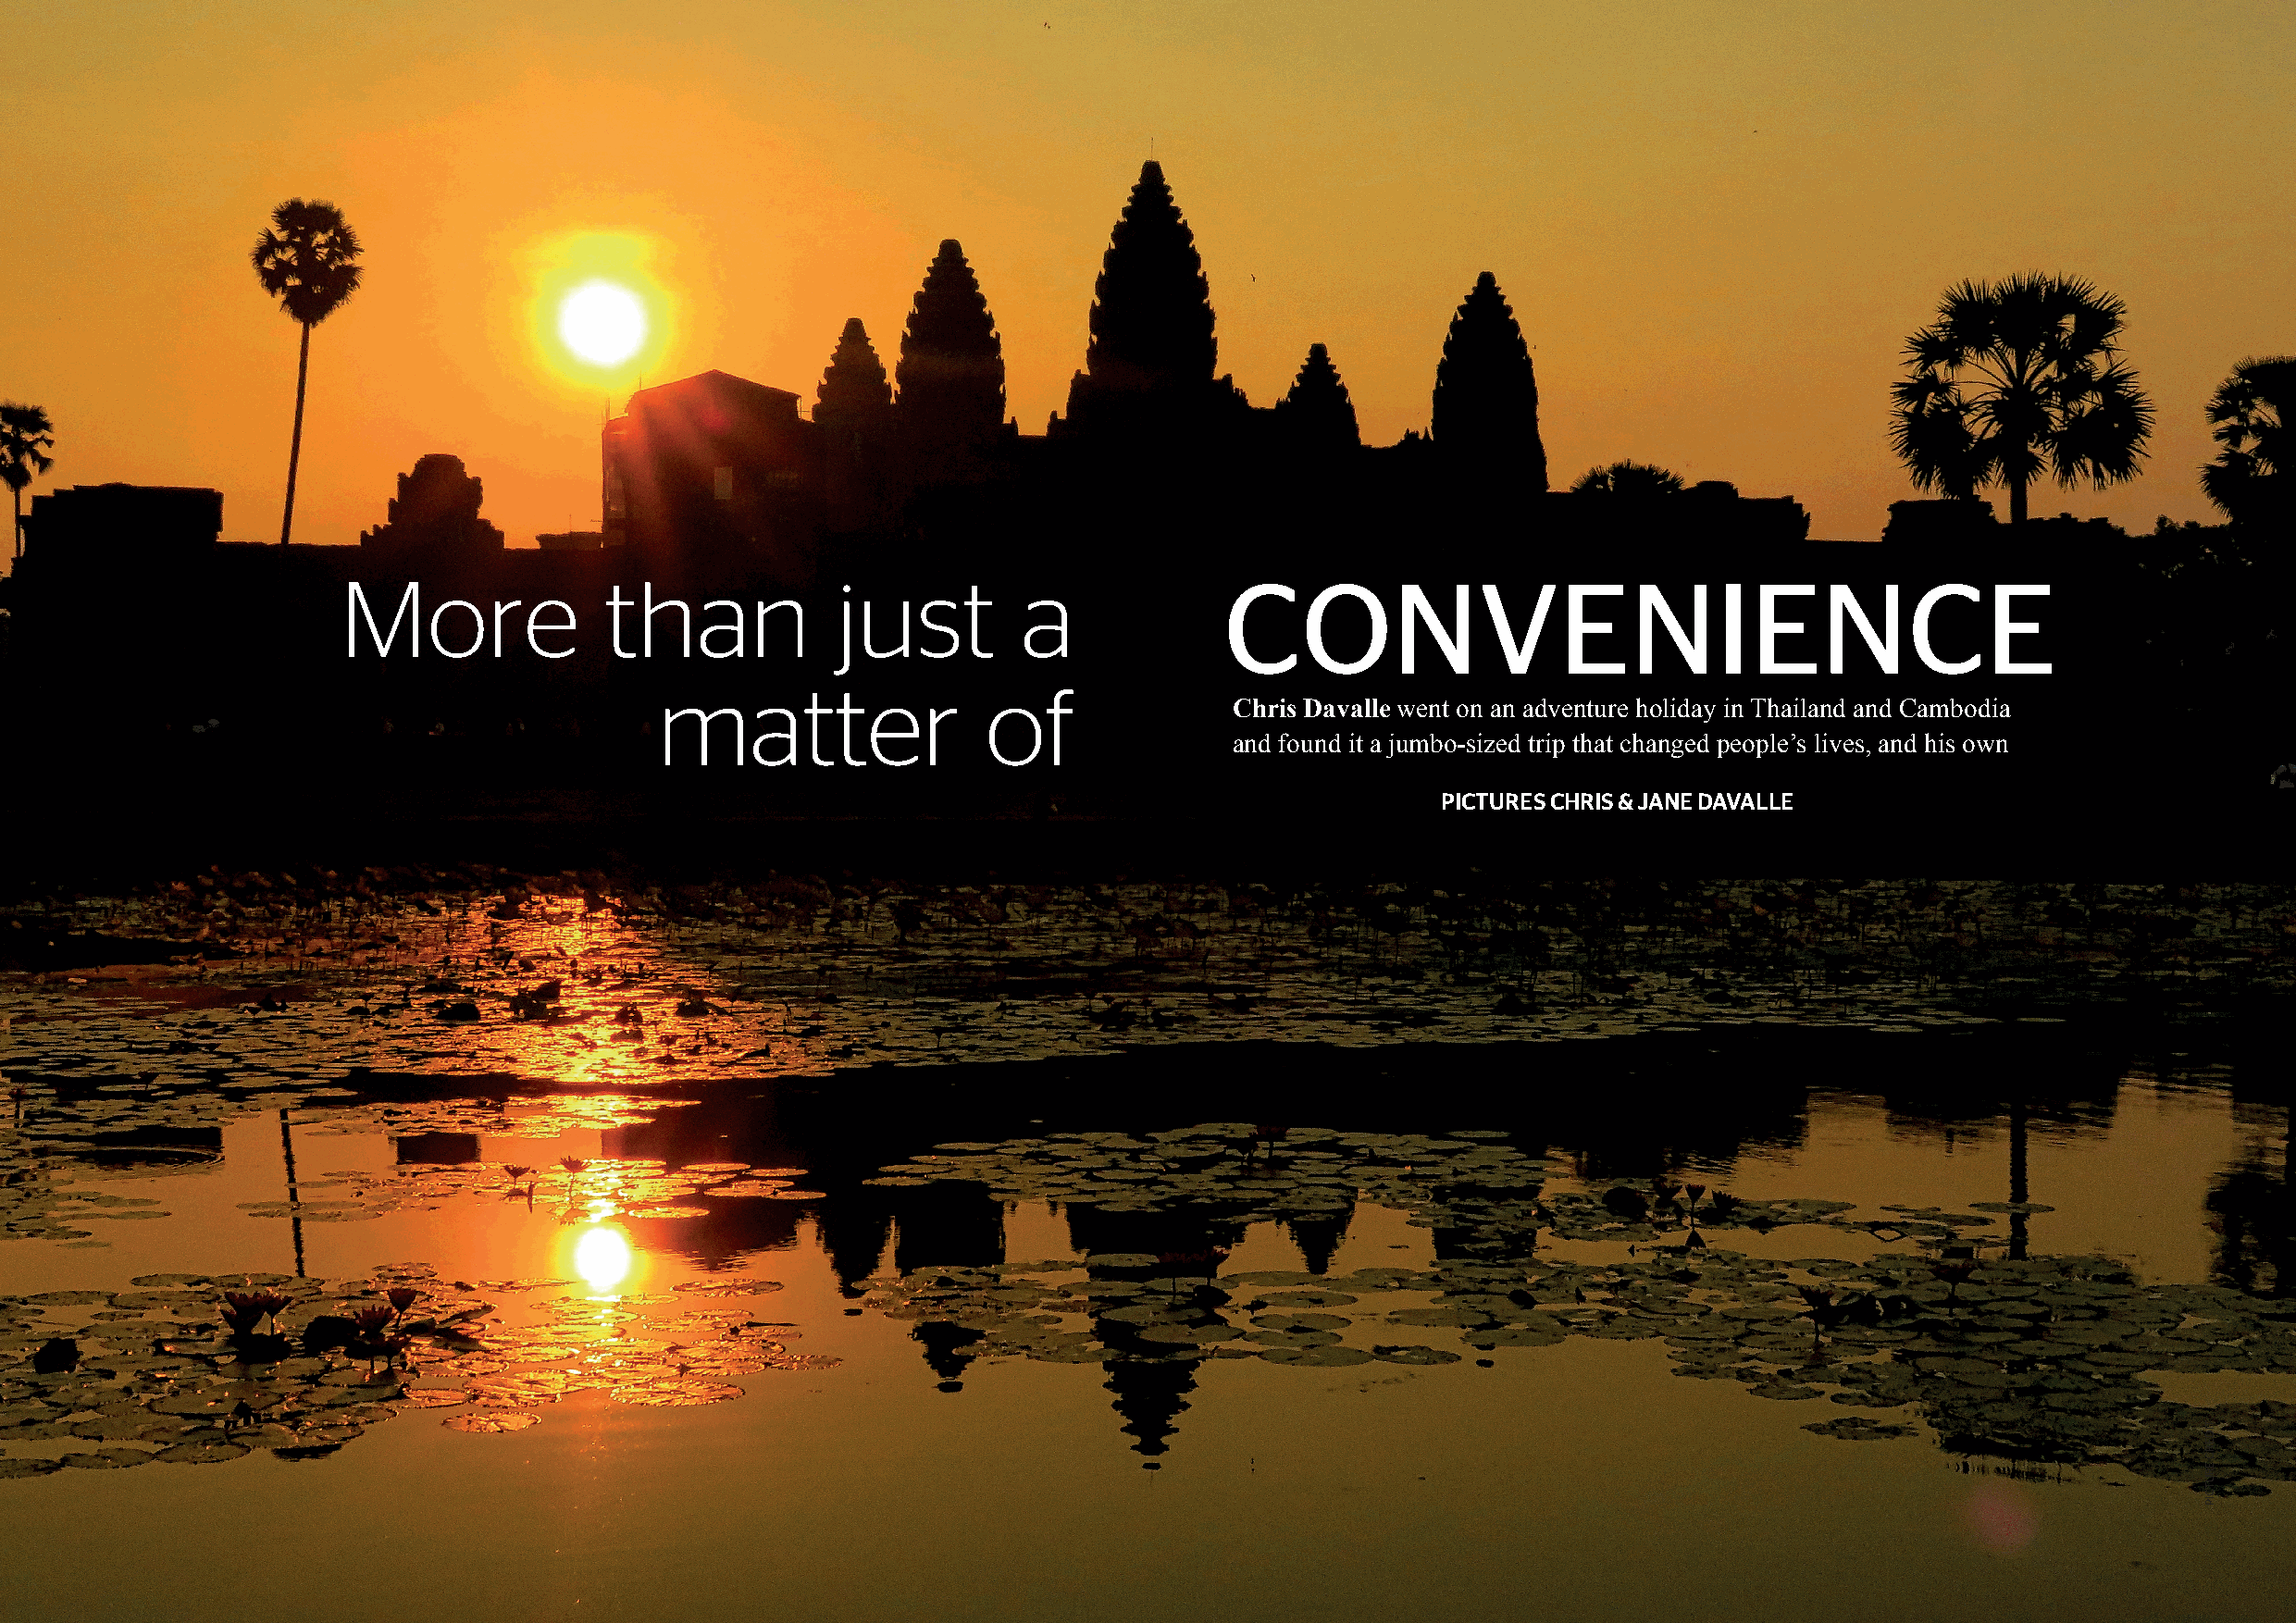
More               than             just         a             CONVENIENCE
 matter                 of
 Chris Davalle went on an adventure holiday in Thailand and Cambodia
 and found it a jumbo-sized trip that changed people’s lives, and his own
 PICTURES CHRIS & JANE DAVALLE
 52 | GOLDIE magazine                                                                                                                            GOLDIE magazine | 53
 TIDERC
 ERUTCIP